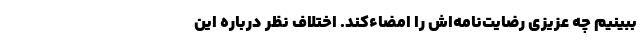
ببینیم چه عزیزی رضایت‌نامه‌اش را امضاء‌کند. اختلاف نظر درباره این